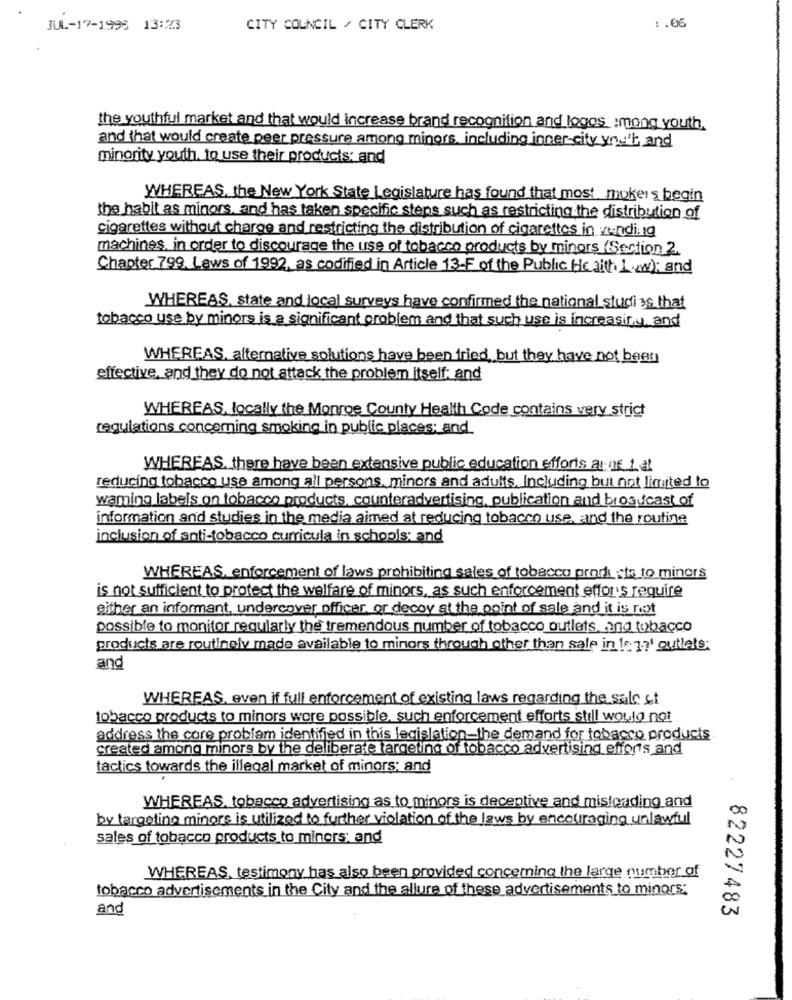
JUL .- 17-1995 13:23
CITY COUNCIL / CITY CLERK
:. 06
the youthful market and that would increase brand recognition and logos :mong youth.
and that would create peer pressure among minors, including inner-city you' and
minority youth, to use their products and
WHEREAS, the New York State Legislature has found that most. mokers begin
the habit as minors, and has taken specific steps such as restricting the distribution of
cigarettes without charge and restricting the distribution of cigarettes in vending
machines, in order to discourage the use of tobacco products by minors (Section 2.
Chapter 799. Laws of 1992, as codified in Article 13-F of the Public Health 1 ww); and
WHEREAS, state and local surveys have confirmed the national studi ys that
tobacco use by minors is a significant problem and that such use is increasing, and
WHEREAS, alternative solutions have been fried, but they have not been
effective, and they do not attack the problem itself: and
WHEREAS, locally the Monroe County Health Code contains very strict
regulations concerning smoking in public places; and
WHEREAS. there have been extensive public education efforts anne Lat
reducing tobacco use among all persons minors and adults, Including but not limited to
waming labels on tobacco products, counteradvertising, publication and broadcast of
information and studies in the media aimed at reducing tobacco use, and the routine
inclusion of anti-tobacco curricula in schools; and
WHEREAS, enforcement of laws prohibiting sales of tobacco products to minors
is not sufficient to protect the welfare of minors, as such enforcement effor's require
either an informant, undercover officer, or decoy at the point of sale and it is not
possible to monitor regularly the tremendous number of tobacco outlets, and tobacco
products are routinely made available to minors through other than sale in le ?' outlets.
and
WHEREAS, even if full enforcement of existing laws regarding the sale st
tobacco products to minors were possible, such enforcement efforts still would not
address the core problem identified in this legislation-the demand for tobacco products
created among minors by the deliberate targeting of tobacco advertising efforts and
tactics towards the illegal market of minors; and
WHEREAS, tobacco advertising as to minors is deceptive and misleading and
by targeting minors is utilized to further violation of the laws by encouraging unlawful
sales of tobacco products to miners: and
WHEREAS, testimony has also been provided concerning the large number of
tobacco advertisements in the City and the allure of these advertisements to minors:
and
82227483